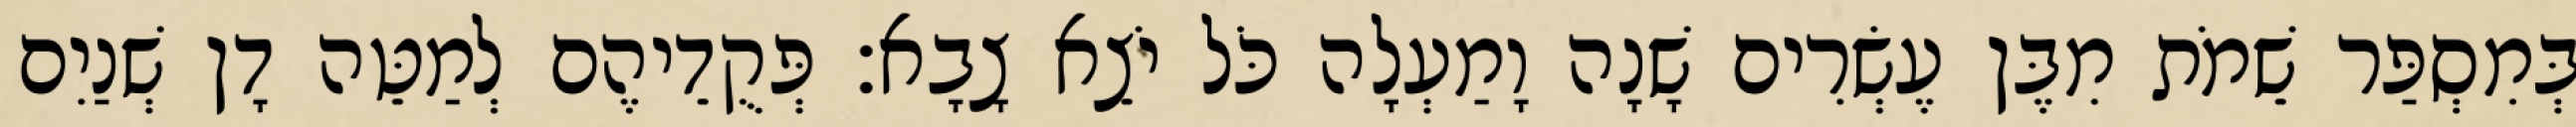
בְּמִסְפַּר שֵׁמֹת מִבֶּן עֶשְׂרִים שָׁנָה וָמַעְלָה כֹּל יֹצֵא צָבָא׃ פְּקֻדֵיהֶם לְמַטֵּה דָן שְׁנַיִם